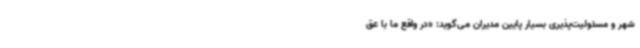
شهر و مسئولیت‌پذیری بسیار پایین مدیران می‌گوید: «در واقع ما با عق